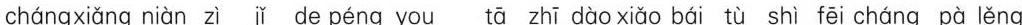
cháng xiáng niàn zì jǐ de péng you tā zhī dào xiǎo bái tù shì fēi cháng pà lěng